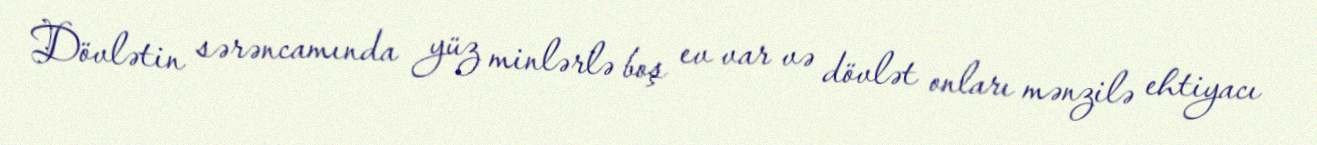
Dövlətin sərəncamında yüz minlərlə boş ev var və dövlət onları mənzilə ehtiyacı